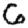
Digit: 6